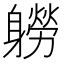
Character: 軂